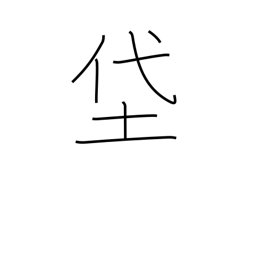
Meaning: muddy fields